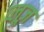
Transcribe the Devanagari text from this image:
व्लूज़